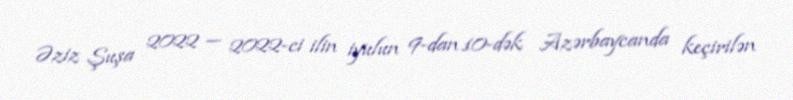
Əziz Şuşa 2022 — 2022-ci ilin iyulun 9-dan 10-dək Azərbaycanda keçirilən